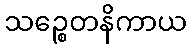
သဉ္စေတနိကာယ